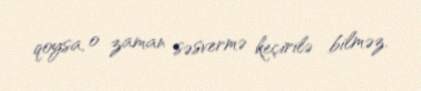
qoysa, o zaman səsvermə keçirilə bilməz.